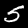
Digit: 5